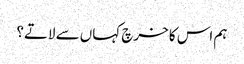
ہم اس کا خرچ کہاں سے لاتے؟